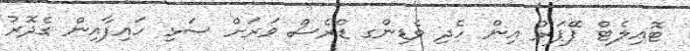
ޓޮއިލެޓް ޕޭޕަރު އިން ހެދި ވެޑިންގ ޑްރެސް ވަރަށް ސަޅި ހައިފާއިން ގެދޮރު